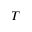
T